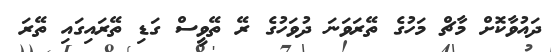
ދައުވާކޮށް މާޗް މަހުގެ ތޭރަވަނަ ދުވަހުގެ ރޭ ތޭވީސް ގަޑި ތޭރައިގައި ތޭރަ